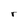
Character: r